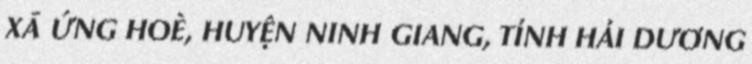
XÃ ỨNG HOÈ, HUYỆN NINH GIANG, TỈNH HẢI DƯƠNG